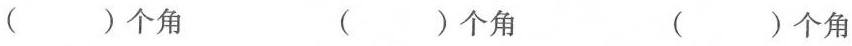
( )个角 ( )个角 ( )个角